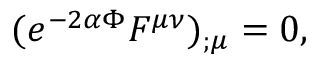
( e ^ { - 2 \alpha \Phi } F ^ { \mu \nu } ) _ { ; \mu } = 0 ,